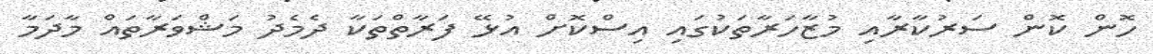
ހޮން ކޮން ސަރުކާރާއި މުޒާހަރާތަކުގައި އިސްކޮށް އުޅޭ ފަރާތްތަކާ ދެމެދު މަޝްވަރާތައް މާދަމާ